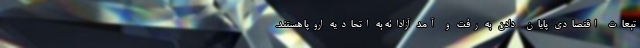
تبعات اقتصادی پایان دادن به رفت و آمد آزادانه به اتحادیه اروپا هستند.